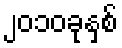
၂၀၁၀ခုနှစ်